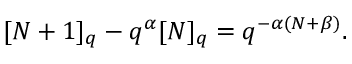
[ N + 1 ] _ { q } - q ^ { \alpha } [ N ] _ { q } = q ^ { - \alpha ( N + \beta ) } .